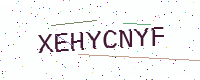
Text: XEHYCNYF